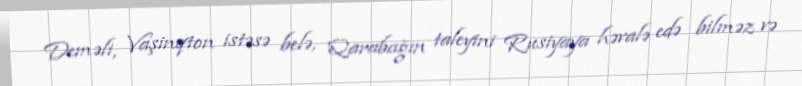
Deməli, Vaşinqton istəsə belə, Qarabağın taleyini Rusiyaya həvalə edə bilməz və